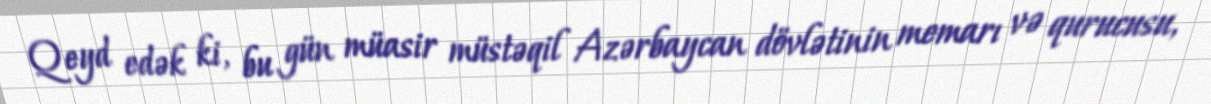
Qeyd edək ki, bu gün müasir müstəqil Azərbaycan dövlətinin memarı və qurucusu,